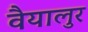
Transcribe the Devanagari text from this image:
वैयालुर